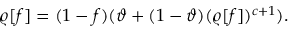
\varrho [ f ] = ( 1 - f ) ( \vartheta + ( 1 - \vartheta ) ( \varrho [ f ] ) ^ { c + 1 } ) .